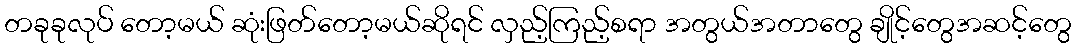
တခုခုလုပ် တော့မယ် ဆုံးဖြတ်တော့မယ်ဆိုရင် လှည့်ကြည့်စရာ အတွယ်အတာတွေ ချိုင့်တွေအဆင့်တွေ